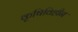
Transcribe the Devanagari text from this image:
कृषिविहीन